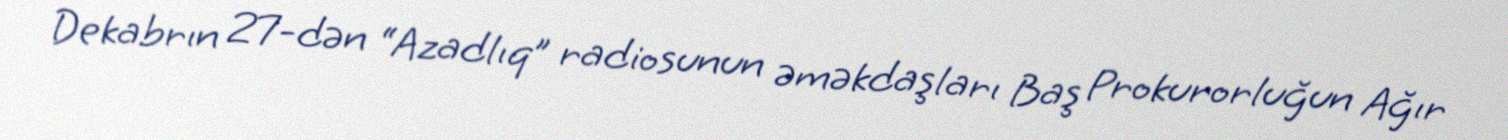
Dekabrın 27-dən “Azadlıq” radiosunun əməkdaşları Baş Prokurorluğun Ağır